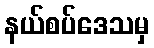
နယ်စပ်ဒေသမှ